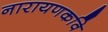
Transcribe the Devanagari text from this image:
नारायणकवि